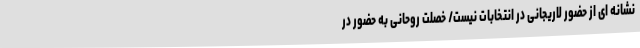
نشانه ای از حضور لاریجانی در انتخابات نیست/ خصلت روحانی به حضور در